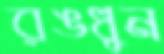
রঙধুন